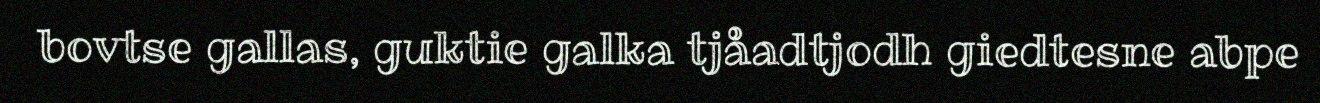
bovtse gallas, guktie galka tjåadtjodh giedtesne abpe